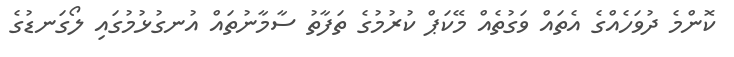
ކޮންމެ ދުވަހެއްގެ އެތައް ވަގުތެއް މޭކަޕް ކުރުމުގެ ތަފާތު ސާމާނުތައް އުނގުޅުމުގައި ލޯގަނޑުގެ